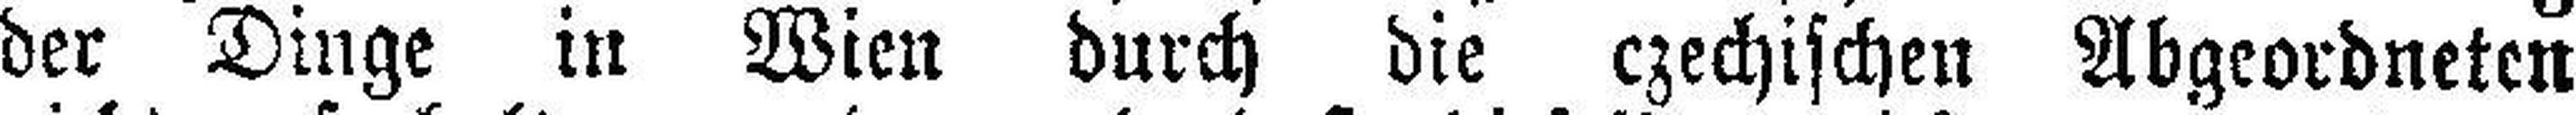
der Dinge in Wien durch die czechischen Abgeordneten